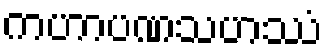
ကဟာပဏသဟဿံ